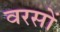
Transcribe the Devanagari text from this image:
वरसों